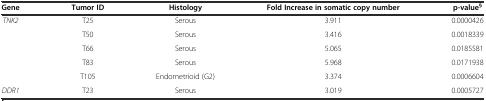
<table><thead><tr><td><b>Gene</b></td><td><b>Tumor ID</b></td><td><b>Histology</b></td><td><b>Fold Increase in somatic copy number</b></td><td><b>p-value<sup>§</sup></b></td></tr></thead><tbody><tr><td><i>TNK2</i></td><td>T25</td><td>Serous</td><td>3.911</td><td>0.0000426</td></tr><tr><td></td><td>T50</td><td>Serous</td><td>3.416</td><td>0.0018339</td></tr><tr><td></td><td>T66</td><td>Serous</td><td>5.065</td><td>0.0185581</td></tr><tr><td></td><td>T83</td><td>Serous</td><td>5.968</td><td>0.0171938</td></tr><tr><td></td><td>T105</td><td>Endometrioid (G2)</td><td>3.374</td><td>0.0006604</td></tr><tr><td><i>DDR1</i></td><td>T23</td><td>Serous</td><td>3.019</td><td>0.0005727</td></tr></tbody></table>